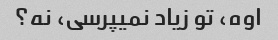
اوه، تو زیاد نمیپرسی، نه؟